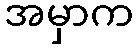
အမှာက